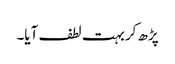
پڑھ کر بہت لطف آیا۔